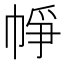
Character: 𢂰